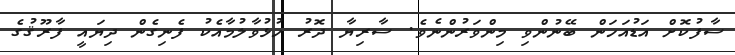
ސާފުކޮށް އަޑުއަހަން ބޭނުންވި މިންވަރުންނެވެ. ސާރިޔާ ދޮރު ހުޅުވާލުމާއެކު ފެނިގެން ދިޔައީ ފާރޫޤުގެ